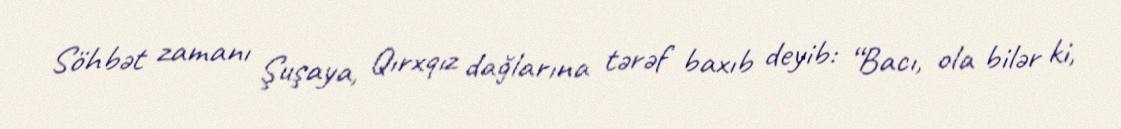
Söhbət zamanı Şuşaya, Qırxqız dağlarına tərəf baxıb deyib: “Bacı, ola bilər ki,